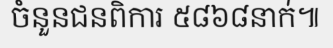
ចំនួនជនពិការ ៥៨៦៨នាក់៕